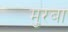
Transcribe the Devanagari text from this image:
मुरबा